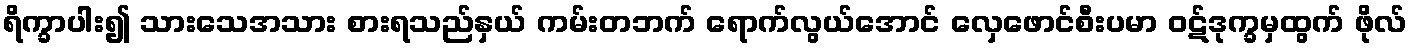
ရိက္ခာပါး၍ သားသေအသား စားရသည်နှယ် ကမ်းတဘက် ရောက်လွယ်အောင် လှေဖောင်စီးပမာ ဝဋ်ဒုက္ခမှထွက် ဖိုလ်